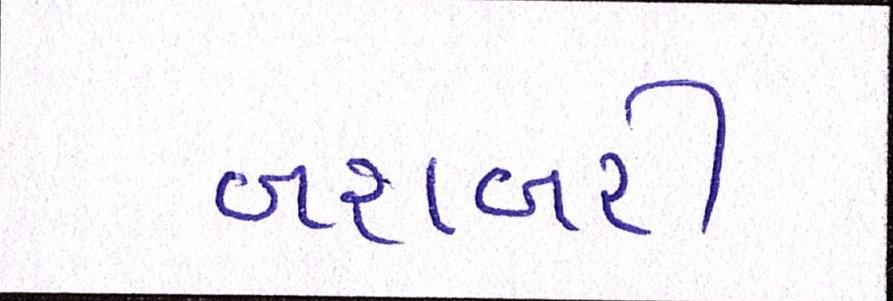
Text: બરાબરી